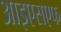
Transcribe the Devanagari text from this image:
आइएसएफ